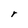
Character: r